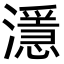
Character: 濦